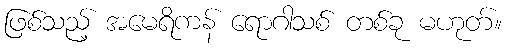
ဖြစ်သည့် အမေရိကန် ရောဂါသစ် တစ်ခု မဟုတ်။